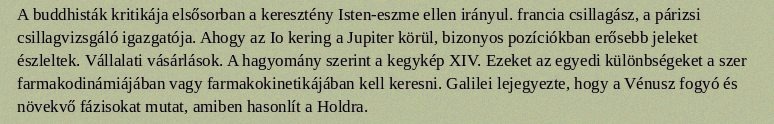
A buddhisták kritikája elsősorban a keresztény Isten-eszme ellen irányul. francia csillagász, a párizsi csillagvizsgáló igazgatója. Ahogy az Io kering a Jupiter körül, bizonyos pozíciókban erősebb jeleket észleltek. Vállalati vásárlások. A hagyomány szerint a kegykép XIV. Ezeket az egyedi különbségeket a szer farmakodinámiájában vagy farmakokinetikájában kell keresni. Galilei lejegyezte, hogy a Vénusz fogyó és növekvő fázisokat mutat, amiben hasonlít a Holdra.